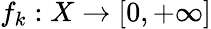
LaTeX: f_{k}:X\to[0,+\infty]